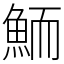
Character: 鮞